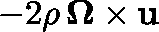
- 2 \rho \, \mathbf { \Omega } \times \mathbf { u }